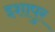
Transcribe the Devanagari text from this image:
इशापुर